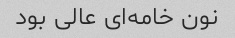
نون خامه‌ای عالی بود